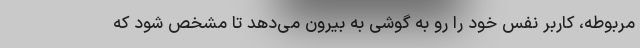
مربوطه، کاربر نفس خود را رو به گوشی به بیرون می‌دهد تا مشخص شود که